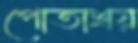
পোতাশ্রয়